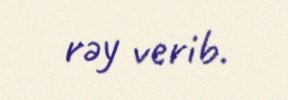
rəy verib.